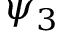
\psi _ { 3 }